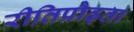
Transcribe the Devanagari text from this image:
रीतिप्रौढ़ता